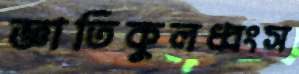
জ্ঞাতিকুলধ্বংস